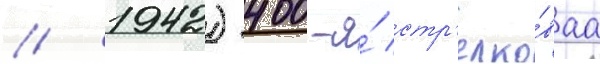
// 1942) 400-я́ стр'елко́ваа